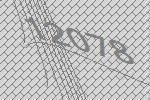
12078